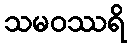
သမဝဿရိ